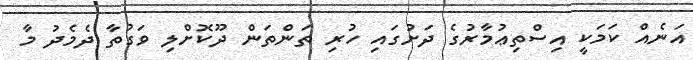
އަނެއް ކަމަކީ އިސްތިޢުމާރުގެ ދަށުގައި ހުރި ތަންތަން ދޫކޮށްލި ވަގުތާ ދެމެދު މާ